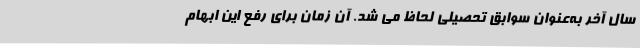
سال آخر به‌عنوان سوابق تحصیلی لحاظ می شد. آن زمان برای رفع این ابهام